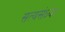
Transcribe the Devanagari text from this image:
सत्यसंध्या